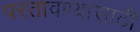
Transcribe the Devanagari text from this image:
परतावण्यासाठी